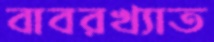
বাবরখ্যাত